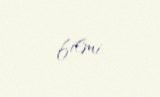
filmi.